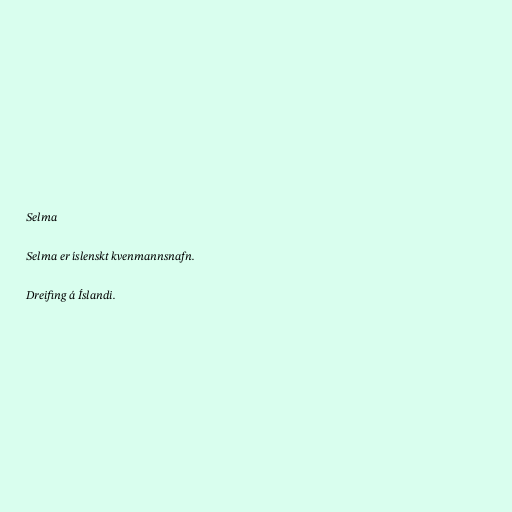
Selma

Selma er íslenskt kvenmannsnafn.

Dreifing á Íslandi.